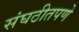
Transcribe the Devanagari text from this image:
संघठीतपणे